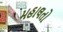
મહાલતો